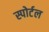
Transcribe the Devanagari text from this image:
स्पोर्टल